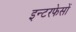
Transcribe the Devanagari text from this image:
इन्टरफेसों